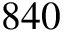
8 4 0